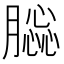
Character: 𦠤